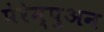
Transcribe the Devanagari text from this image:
पेरेम्पुअन